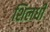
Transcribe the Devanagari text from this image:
शिलधी